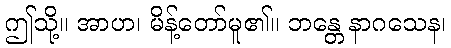
ဤသို့။ အာဟ၊ မိန့်တော်မူ၏။ ဘန္တေ နာဂသေန၊